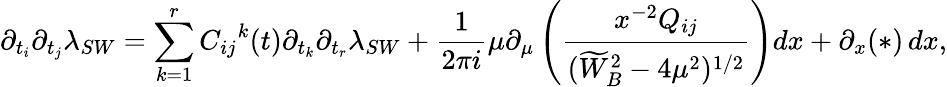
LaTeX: \partial_{t_{i}}\partial_{t_{j}}\lambda_{SW}=\sum_{k=1}^{r}{C_{ij}}^{k}(t)\partial_{t_{k}}\partial_{t_{r}}\lambda_{SW}+{\frac{1}{2\pi i}}\mu\partial_{\mu}\left({\frac{x^{-2}Q_{ij}}{(\widetilde{W}_{B}^{2}-4\mu^{2})^{1/2}}}\right)dx+\partial_{x}(*)\, dx,